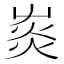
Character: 𤉞